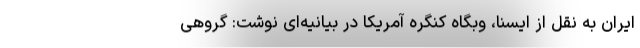
ایران به نقل از ایسنا، وبگاه کنگره آمریکا در بیانیه‌ای نوشت: گروهی